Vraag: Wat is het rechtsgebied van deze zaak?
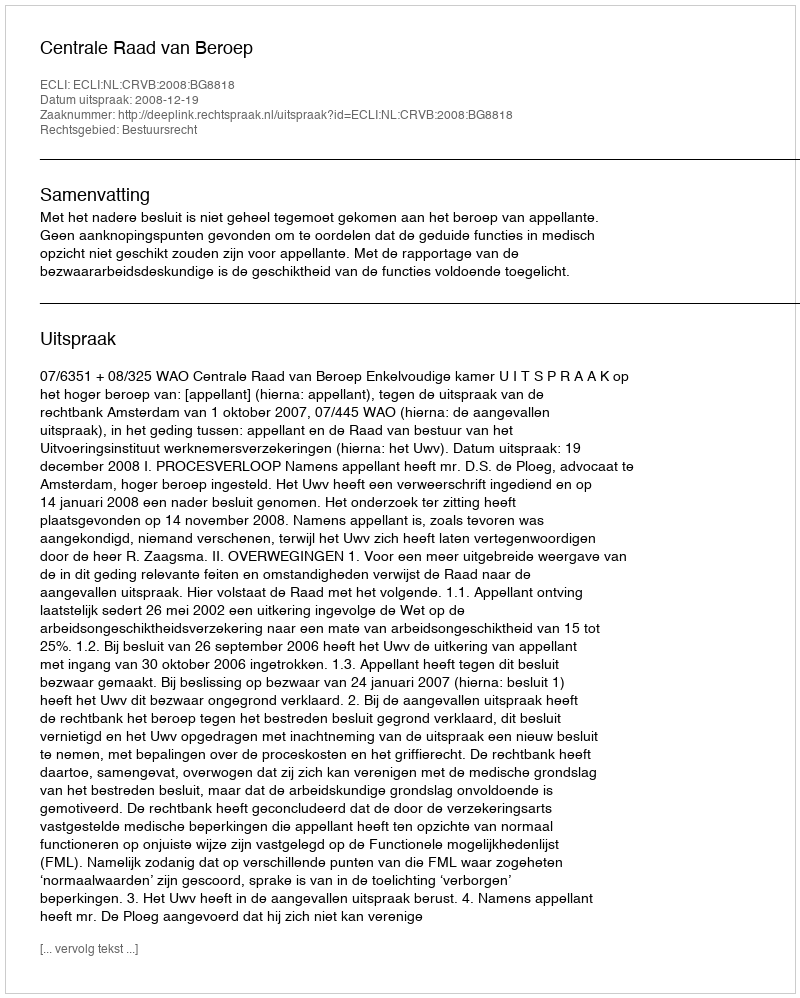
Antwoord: Bestuursrecht